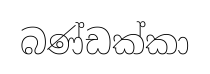
බණ්ඩක්කා